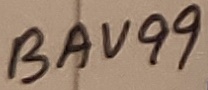
Text: BAV99